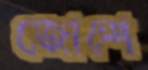
জোশে